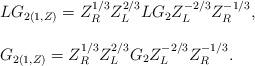
LaTeX: \begin{align*}\begin{array}{l}LG_{2(1,Z)} =Z_{R}^{1/3}Z_{L}^{2/3}LG_{2}Z_{L}^{-2/3}Z_{R}^{-1/3}, \\ \\G_{2(1,Z)} =Z_{R}^{1/3}Z_{L}^{2/3}G_{2}Z_{L}^{-2/3}Z_{R}^{-1/3}. \\\end{array}\end{align*}